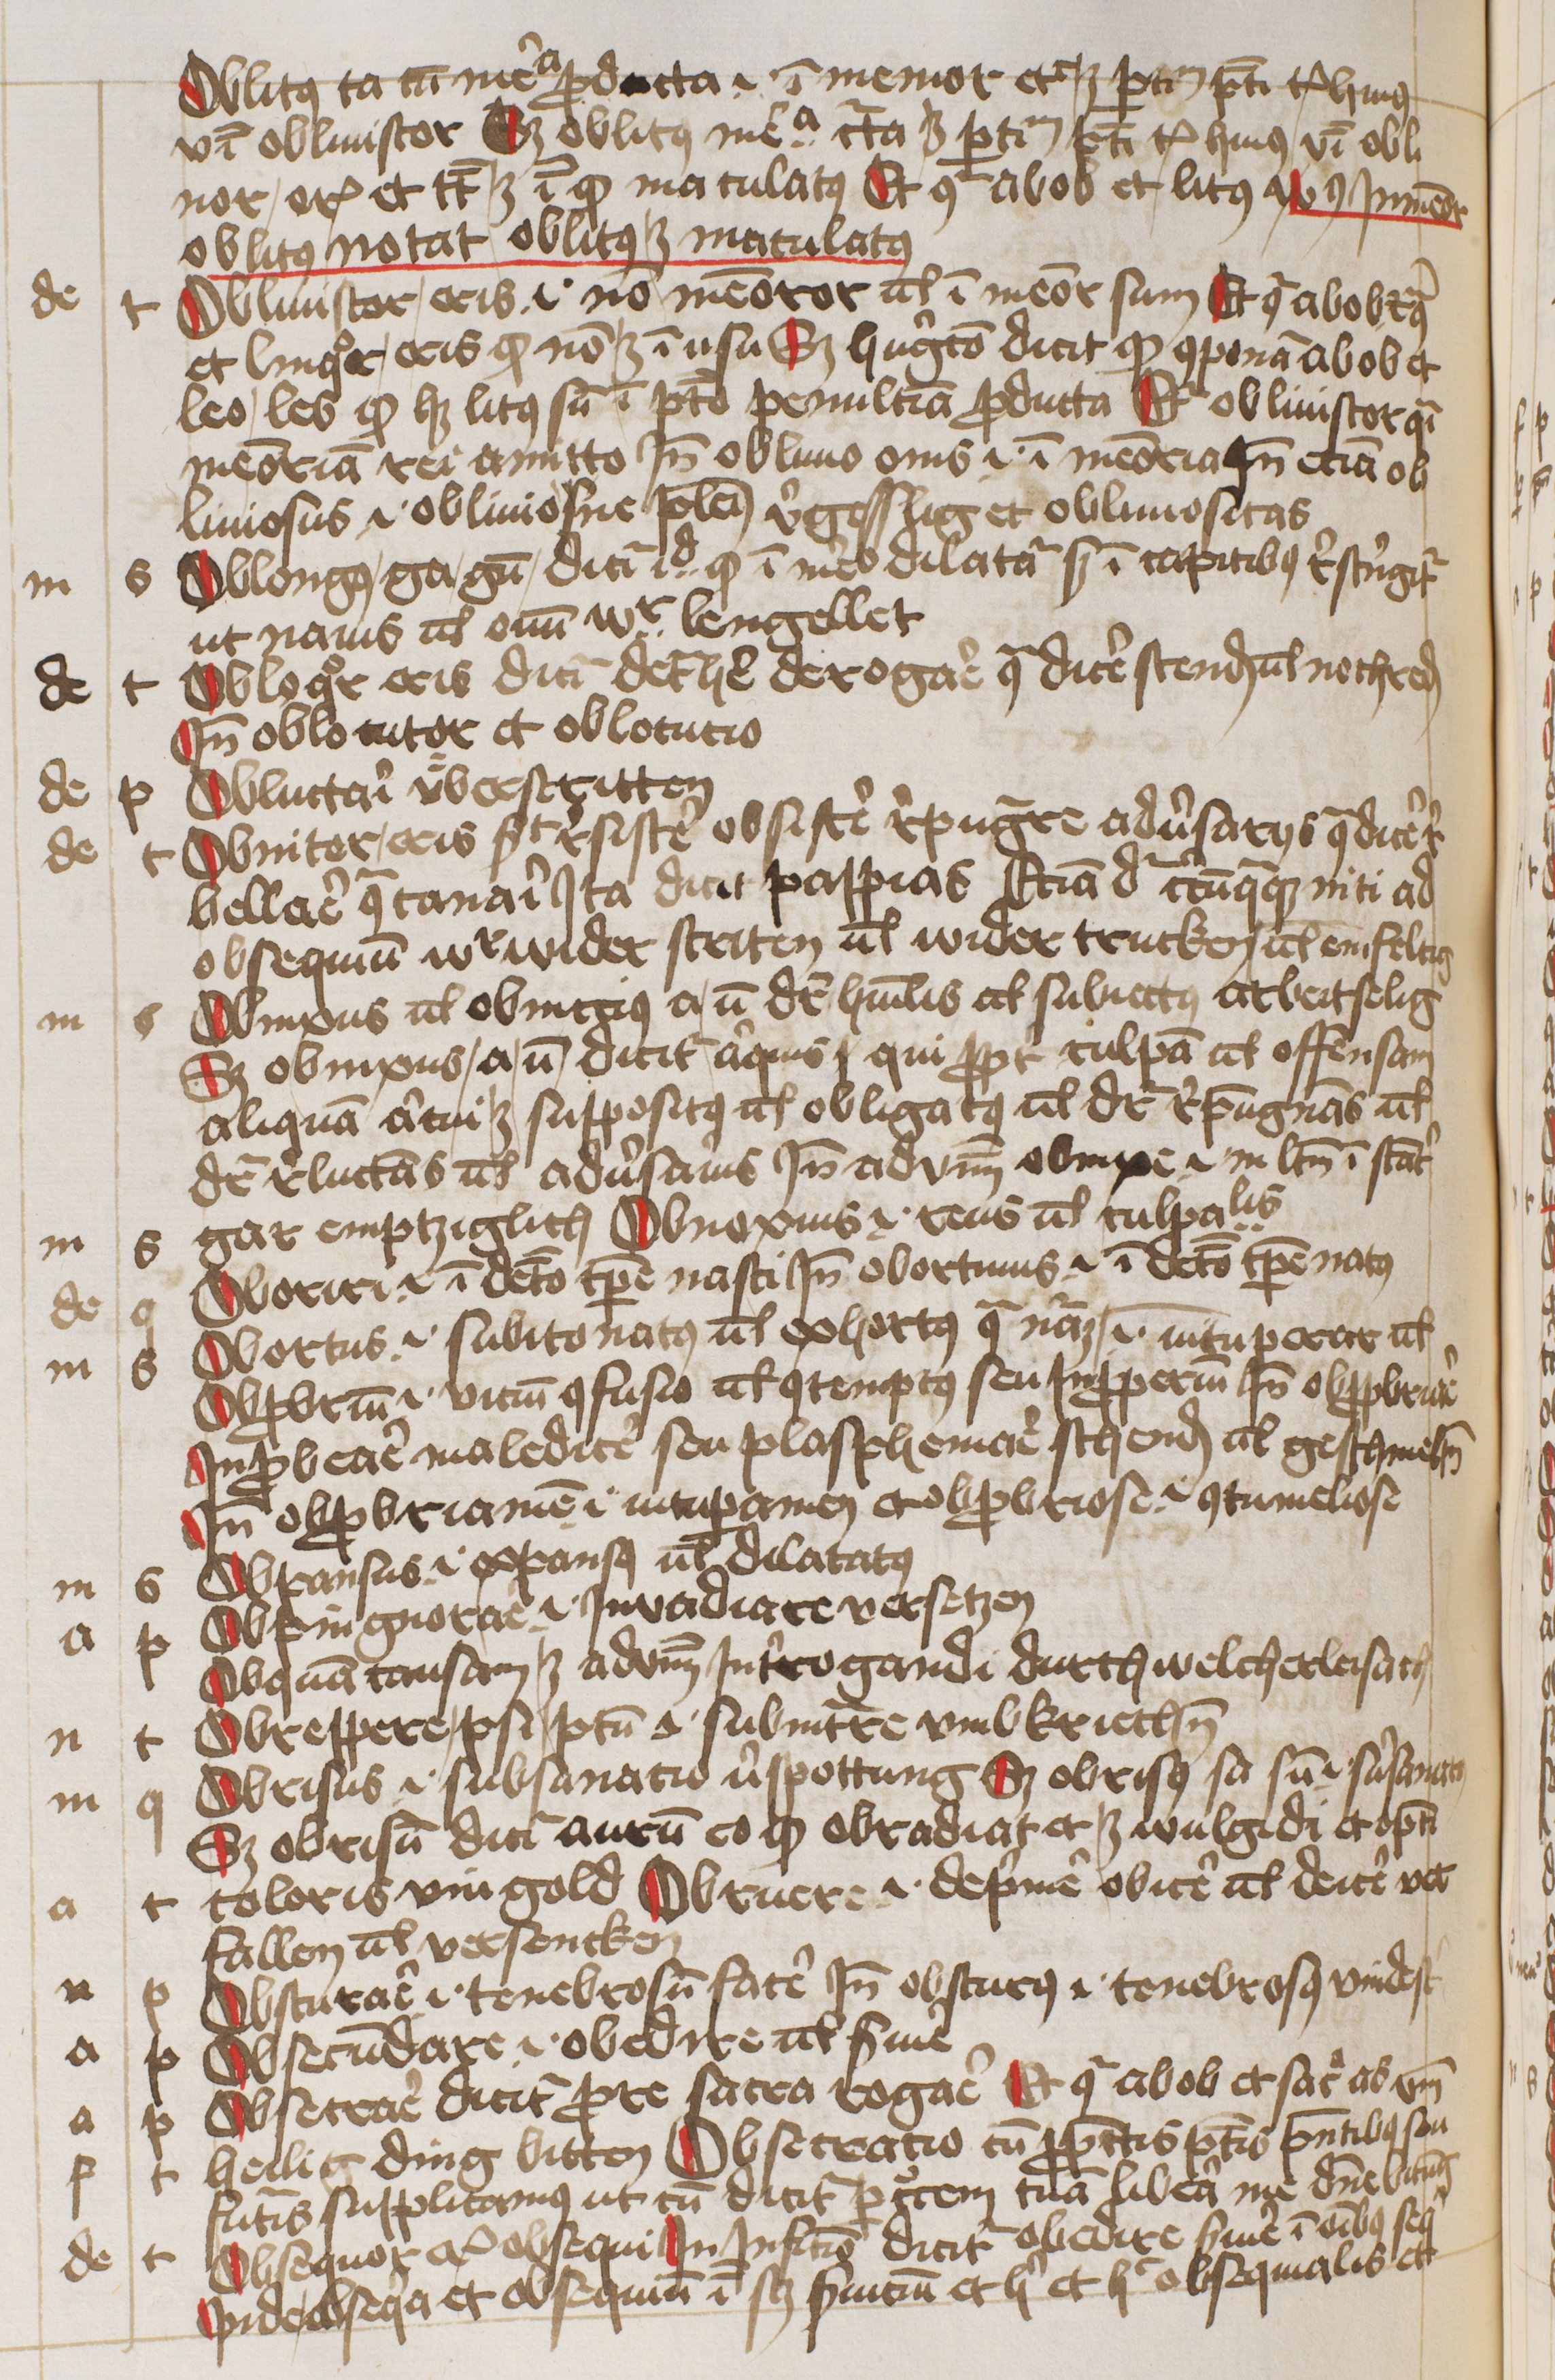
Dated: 1445–1455